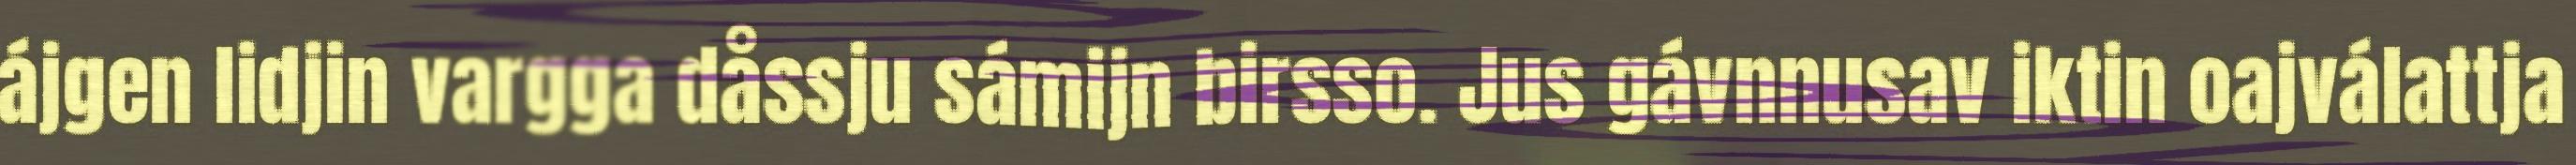
ájgen lidjin vargga dåssju sámijn birsso. Jus gávnnusav iktin oajválattja